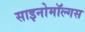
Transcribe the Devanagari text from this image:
साइनोमॉल्गस